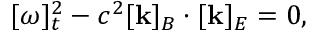
[ \omega ] _ { t } ^ { 2 } - c ^ { 2 } [ \mathbf { k } ] _ { B } \cdot [ \mathbf { k } ] _ { E } = 0 ,